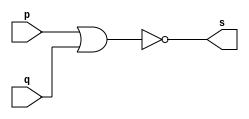

// ------------------------- 
// Exemplo0007 - nor
// Nome: Rodrigo Arruda de Assis 
// ------------------------- 

// ------------------------- 
// -- nor gate 
// ------------------------- 
	module norgate ( output s, input p, q); 
	assign s = (~(p | q)); 
	endmodule // norgate 

// --------------------- 
// -- test nor gate 
// --------------------- 

	module testnorgate; 

// ------------------------- dados locais 
	reg a, b; // definir registradores 
	wire s; // definir conexao (fio) 

// ------------------------- instancia 
	norgate NOR1 (s, a, b); 

// ------------------------- preparacao 
	initial begin:start 
	a=0; b=0; 

	end 

// ------------------------- parte principal 
	initial begin 
		$display("Exemplo 0007 - Rodrigo Arruda de Assis - 427460"); 
		$display("Test NOR gate"); 
	$display("\n ( ~(a|b) ) = s\n"); 
	a=0; b=0; 
		#1 $display("%b & %b = %b", a, b, s); 
	a=0; b=1; 
		#1 $display("%b & %b = %b", a, b, s); 
	a=1; b=0; 
		#1 $display("%b & %b = %b", a, b, s); 
	a=1; b=1; 
		#1 $display("%b & %b = %b", a, b, s); 
	
	end 
	
	endmodule // testnorgate 
		 
//-------------

//Exemplo 0007 - Rodrigo Arruda de Assis - 427460
//	Test NOR gate
//	( ~(a|b) ) = s
//	0 & 0 = 1
//	0 & 1 = 0
//	1 & 0 = 0
//	1 & 1 = 0

//-------------